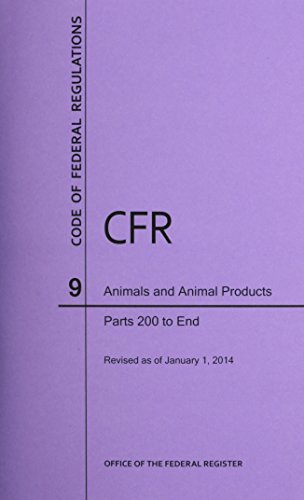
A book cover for Code of Federal Regulations Title 9, Animals and Animal Products, Parts 200-end, 2014; Law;